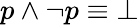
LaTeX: p\wedge\neg p\equiv\bot